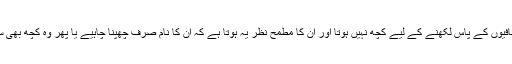
یہ شاید اس وجہ سے ہو کہ ان صحافیوں کے پاس لکھنے کے لیے کچھ نہیں ہوتا اور ان کا مطمح نظر یہ ہوتا ہے کہ ان کا نام صرف چھپنا چاہیے یا پھر وہ کچھ بھی سوچتے نہیں ہیں کہ کیا لکھا جائے۔